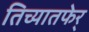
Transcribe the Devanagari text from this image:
तिच्यातफेर्